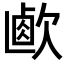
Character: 𣣸